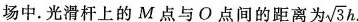
场中. 光滑杆上的M点与O点间的距离为\sqrt{3}h.